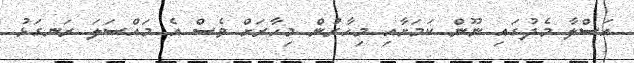
އަސްލާ މެދުގައި ނޫން ކަމަށާއި މިހާރުން މިހާރަށް ވެސް އެ މައްސަލަ ރަނގަޅު